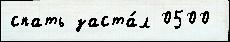
спать заста́л 0500